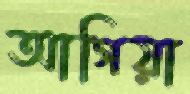
আগিয়া